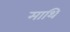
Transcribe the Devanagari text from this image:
माथि